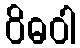
ဝိဓဝါ